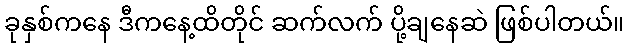
ခုနှစ်ကနေ ဒီကနေ့ထိတိုင် ဆက်လက် ပို့ချနေဆဲ ဖြစ်ပါတယ်။